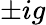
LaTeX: \pm ig